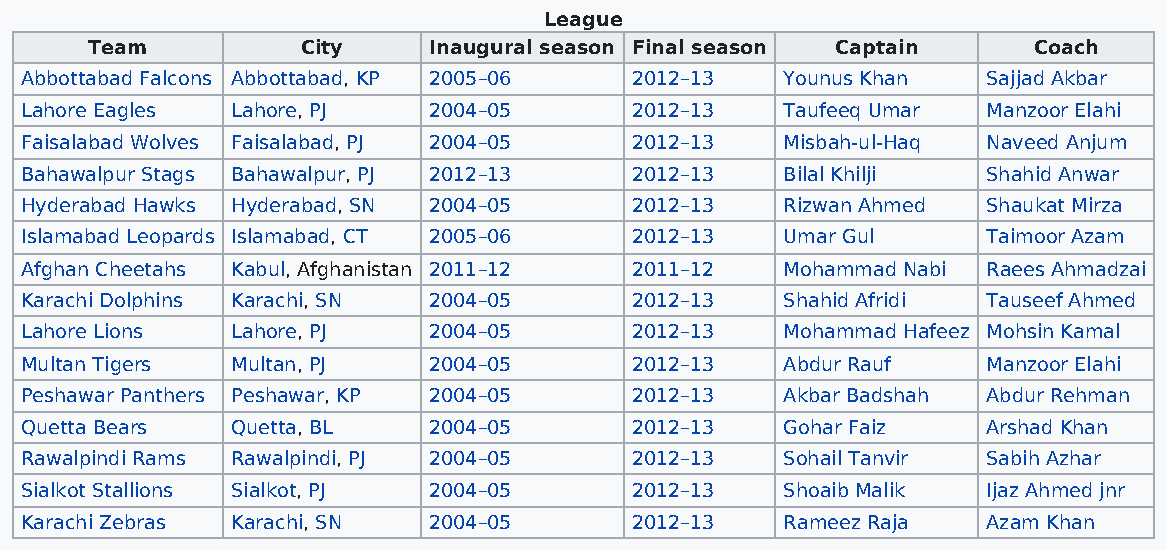
League
 Team          City    Inaugural season Final season Captain   Coach
 Abbottabad Falcons Abbottabad, KP 2005–06 2012–13  Younus Khan  Sajjad Akbar
 Lahore Eagles Lahore, PJ   2004–05       2012–13   Taufeeq Umar Manzoor Elahi
 Faisalabad Wolves Faisalabad, PJ 2004–05 2012–13   Misbah-ul-Haq Naveed Anjum
 Bahawalpur Stags Bahawalpur, PJ 2012–13  2012–13   Bilal Khilji Shahid Anwar
 Hyderabad Hawks Hyderabad, SN 2004–05    2012–13   Rizwan Ahmed Shaukat Mirza
 Islamabad Leopards Islamabad, CT 2005–06 2012–13   Umar Gul     Taimoor Azam
 Afghan Cheetahs Kabul, Afghanistan 2011–12 2011–12 Mohammad Nabi Raees Ahmadzai
 Karachi Dolphins Karachi, SN 2004–05     2012–13   Shahid Afridi Tauseef Ahmed
 Lahore Lions  Lahore, PJ   2004–05       2012–13   Mohammad Hafeez Mohsin Kamal
 Multan Tigers Multan, PJ   2004–05       2012–13   Abdur Rauf   Manzoor Elahi
 Peshawar Panthers Peshawar, KP 2004–05   2012–13   Akbar Badshah Abdur Rehman
 Quetta Bears  Quetta, BL   2004–05       2012–13   Gohar Faiz   Arshad Khan
 Rawalpindi Rams Rawalpindi, PJ 2004–05   2012–13   Sohail Tanvir Sabih Azhar
 Sialkot Stallions Sialkot, PJ 2004–05    2012–13   Shoaib Malik Ijaz Ahmed jnr
 Karachi Zebras Karachi, SN 2004–05       2012–13   Rameez Raja  Azam Khan